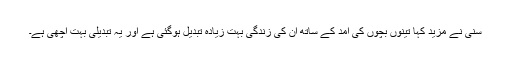
سنی نے مزید کہا تینوں بچوں کی آمد کے ساتھ ان کی زندگی بہت زیادہ تبدیل ہوگئی ہے اور یہ تبدیلی بہت اچھی ہے۔